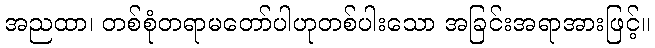
အညထာ၊ တစ်စုံတရာမတော်ပါဟုတစ်ပါးသော အခြင်းအရာအားဖြင့်။